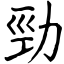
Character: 勁